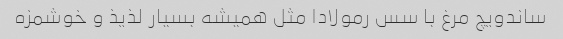
ساندویچ مرغ با سس رمولادا مثل همیشه بسیار لذیذ و خوشمزه